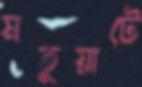
মতুয়াটে